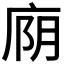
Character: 𫷮